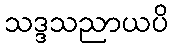
သဒ္ဒသညာယပိ